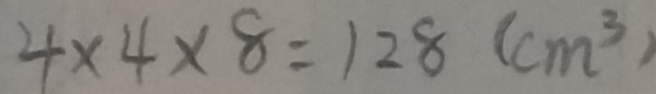
4 \times 4 \times 8 = 1 2 8 ( c m ^ { 3 } )